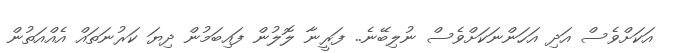
އަކަށްވެސް އަދި އަހަންނަކަށްވެސް ނުލިބޭނެ.. ފަރީނާ ލޮލުން ފައިބަމުން ދިޔަ ކަރުނަތައް އެއްއަތުން